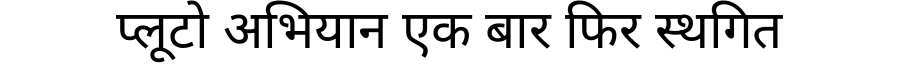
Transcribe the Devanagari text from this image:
प्लूटो अभियान एक बार फिर स्थगित